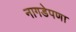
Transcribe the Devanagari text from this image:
नागडेपणा